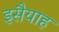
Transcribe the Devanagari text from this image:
इसैयाह